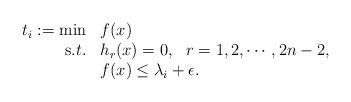
LaTeX: \begin{align*}\begin{array}{rl}t_i:=\min & f(x)\\{\mbox s.t.}&h_r(x)=0,~~r=1,2,\cdots, 2n-2,\\&f(x)\leq \lambda_{i}+\epsilon.\end{array}\end{align*}